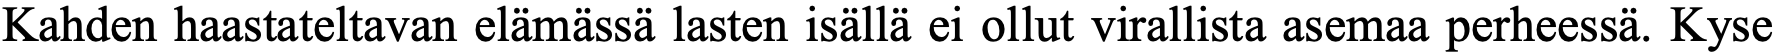
Kahden haastateltavan elämässä lasten isällä ei ollut virallista asemaa perheessä. Kyse